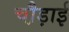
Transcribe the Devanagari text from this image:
चौ़ड़ाई